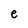
Character: e